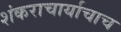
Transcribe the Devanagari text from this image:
शंकराचार्याचाच